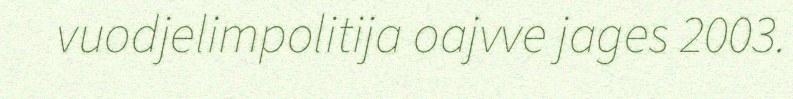
vuodjelimpolitija oajvve jages 2003.